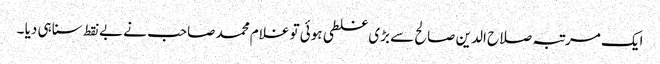
ایک مرتبہ صلاح الدین صالح سے بڑی غلطی ہوئی تو غلام محمد صاحب نے بے نقط سنا ہی دیا ۔